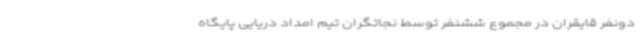
دونفر قایقران در مجموع ششنفر توسط نجاتگران تیم امداد دریایی پایگاه